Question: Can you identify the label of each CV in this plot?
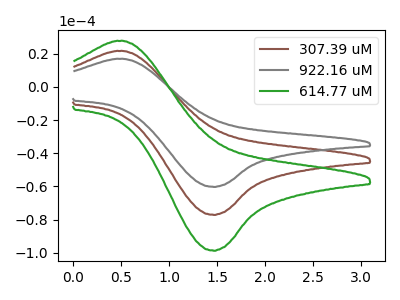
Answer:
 <answer>The brown curve is labeled "307.39 uM". The gray curve is labeled "922.16 uM". The green curve is labeled "614.77 uM".</answer>
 <eval></eval>